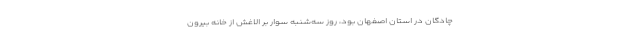
چادگان در استان اصفهان بود، روز سه‌شنبه سوار بر الاغش از خانه بیرون